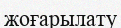
жоғарылату